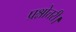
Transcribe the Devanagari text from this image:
प्रश्नोत्तरी।